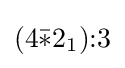
(4{\bar {*}}2_{1}){:}3